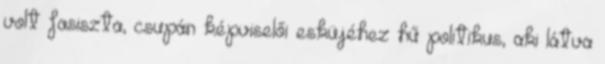
volt fasiszta, csupán képviselői esküjéhez hű politikus, aki látva